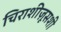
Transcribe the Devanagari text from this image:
चिराशीज़ूसशी